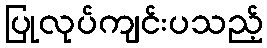
ပြုလုပ်ကျင်းပသည့်